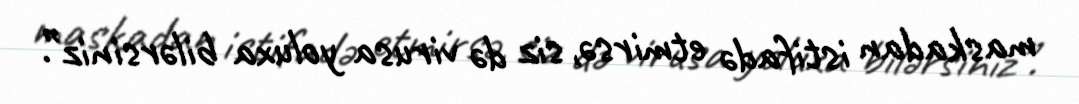
maskadan istifadə etmirsə, siz də virusa yoluxa bilərsiniz”.